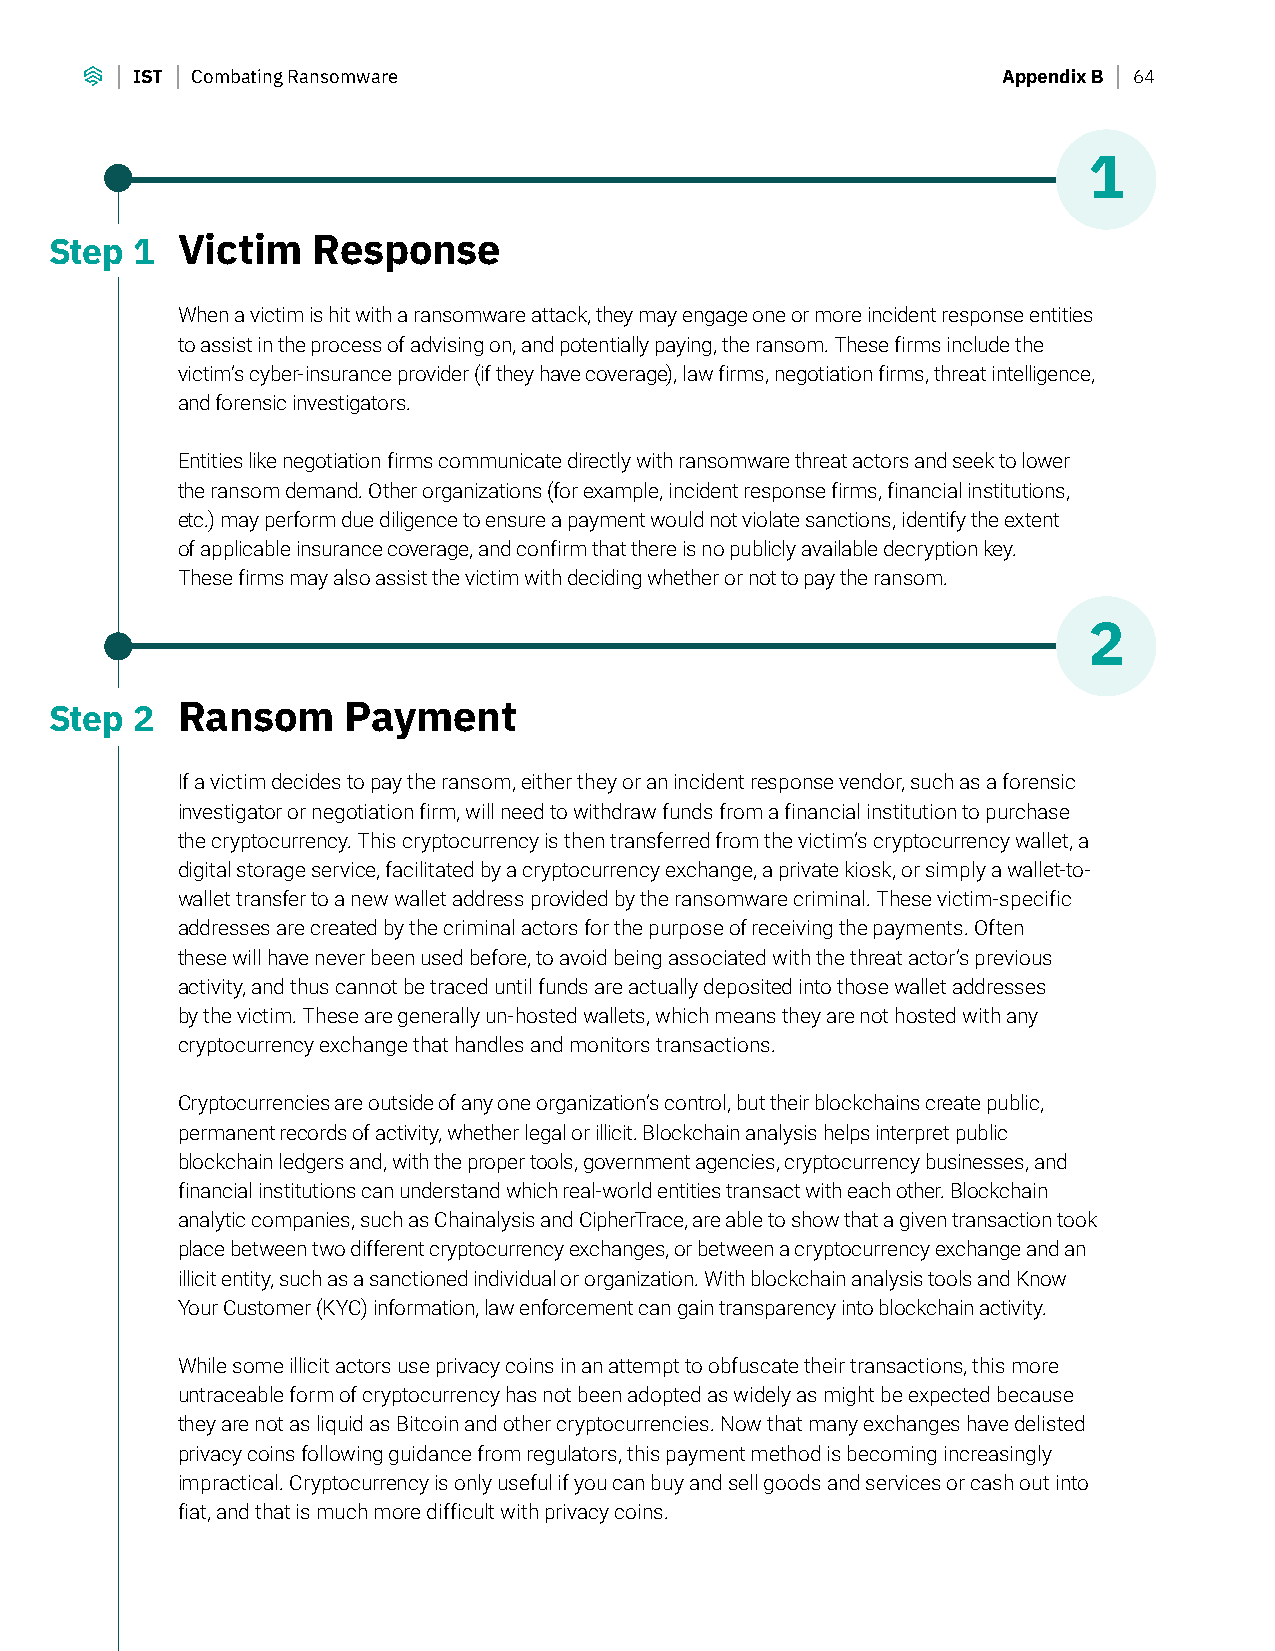
IST Combating Ransomware                                 Appendix B 64
 1
 Step  1  Victim   Response
 When a victim is hit with a ransomware attack, they may engage one or more incident response entities
 to assist in the process of advising on, and potentially paying, the ransom. These firms include the
 victim’s cyber-insurance provider (if they have coverage), law firms, negotiation firms, threat intelligence,
 and forensic investigators.
 Entities like negotiation firms communicate directly with ransomware threat actors and seek to lower
 the ransom demand. Other organizations (for example, incident response firms, financial institutions,
 etc.) may perform due diligence to ensure a payment would not violate sanctions, identify the extent
 of applicable insurance coverage, and confirm that there is no publicly available decryption key.
 These firms may also assist the victim with deciding whether or not to pay the ransom.
 2
 Step  2  Ransom     Payment
 If a victim decides to pay the ransom, either they or an incident response vendor, such as a forensic
 investigator or negotiation firm, will need to withdraw funds from a financial institution to purchase
 the cryptocurrency. This cryptocurrency is then transferred from the victim’s cryptocurrency wallet, a
 digital storage service, facilitated by a cryptocurrency exchange, a private kiosk, or simply a wallet-to-
 wallet transfer to a new wallet address provided by the ransomware criminal. These victim-specific
 addresses are created by the criminal actors for the purpose of receiving the payments. Often
 these will have never been used before, to avoid being associated with the threat actor’s previous
 activity, and thus cannot be traced until funds are actually deposited into those wallet addresses
 by the victim. These are generally un-hosted wallets, which means they are not hosted with any
 cryptocurrency exchange that handles and monitors transactions.
 Cryptocurrencies are outside of any one organization’s control, but their blockchains create public,
 permanent records of activity, whether legal or illicit. Blockchain analysis helps interpret public
 blockchain ledgers and, with the proper tools, government agencies, cryptocurrency businesses, and
 financial institutions can understand which real-world entities transact with each other. Blockchain
 analytic companies, such as Chainalysis and CipherTrace, are able to show that a given transaction took
 place between two different cryptocurrency exchanges, or between a cryptocurrency exchange and an
 illicit entity, such as a sanctioned individual or organization. With blockchain analysis tools and Know
 Your Customer (KYC) information, law enforcement can gain transparency into blockchain activity.
 While some illicit actors use privacy coins in an attempt to obfuscate their transactions, this more
 untraceable form of cryptocurrency has not been adopted as widely as might be expected because
 they are not as liquid as Bitcoin and other cryptocurrencies. Now that many exchanges have delisted
 privacy coins following guidance from regulators, this payment method is becoming increasingly
 impractical. Cryptocurrency is only useful if you can buy and sell goods and services or cash out into
 fiat, and that is much more difficult with privacy coins.